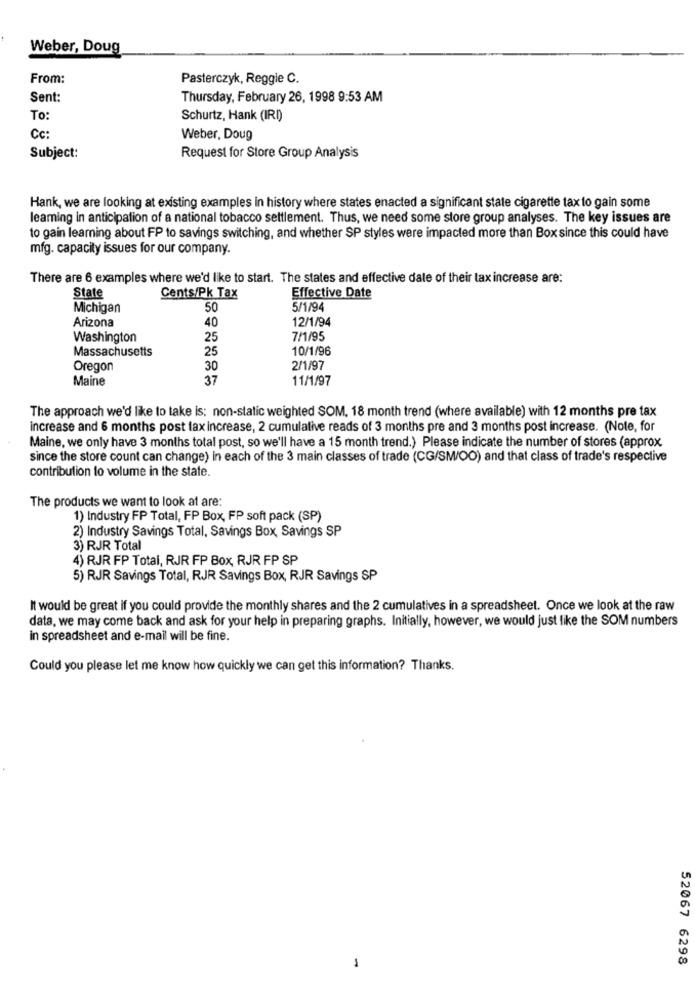
Weber, Doug
From:
Pasterczyk, Reggie C.
Sent:
Thursday, February 26, 1998 9:53 AM
To:
Schurtz, Hank (IRI)
Cc:
Weber, Doug
Subject:
Request for Store Group Analysis
Hank, we are looking at existing examples in history where states enacted a significant state cigarette tax to gain some
leaming in anticipation of a national tobacco settlement. Thus, we need some store group analyses. The key issues are
to gain learning about FP to savings switching, and whether SP styles were impacted more than Box since this could have
mfg. capacity issues for our company.
There are 6 examples where we'd like to start. The states and effective date of their tax increase are:
State
Cents/Pk Tax
Effective Date
Michigan
50
5/1/94
Arizona
40
12/1/94
Washington
25
7/1/95
Massachusetts
25
10/1/96
Oregon
30
2/1/97
Maine
37
11/1/97
The approach we'd like to take is: non-static weighted SOM, 18 month trend (where available) with 12 months pre tax
increase and 6 months post fax increase, 2 cumulative reads of 3 months pre and 3 months post increase. (Note, for
Maine, we only have 3 months total post, so we'll have a 15 month trend.) Please indicate the number of stores (approx.
since the store count can change) in each of the 3 main classes of trade (CG/SMW/OO) and that class of trade's respective
contribution to volume in the state.
The products we want to look at are:
1) Industry FP Total, FP Box, FP soft pack (SP)
2) Industry Savings Total, Savings Box, Savings SP
3) RJR Total
4) RJR FP Total, RJR FP Box, RJR FP SP
5) RJR Savings Total, RJR Savings Box, RJR Savings SP
It would be great if you could provide the monthly shares and the 2 cumulatives in a spreadsheet. Once we look at the raw
data, we may come back and ask for your help in preparing graphs. Initially, however, we would just like the SOM numbers
in spreadsheet and e-mail will be fine.
Could you please let me know how quickly we can get this information? Thanks.
52067 6298
-